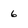
Character: 6